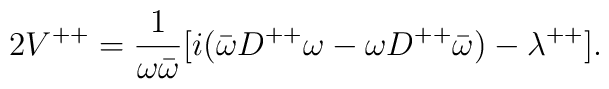
2V^{++}={1\over {\omega \bar{\omega}}}[i(\bar{\omega}D^{++}\omega-\omega D^{++}\bar{\omega})-\lambda^{++}].